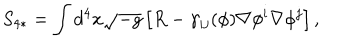
S _ { 4 * } = \int d ^ { 4 } x \sqrt { - g } \left[ R - \gamma _ { i j } ( \phi ) \nabla \phi ^ { i } \nabla \phi ^ { j } \right] ,